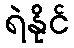
ရဲနိုင်